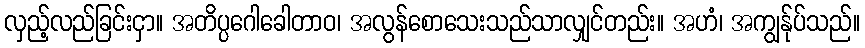
လှည့်လည်ခြင်းငှာ။ အတိပ္ပဂေါခေါတာဝ၊ အလွန်စောသေးသည်သာလျှင်တည်း။ အဟံ၊ အကျွန်ုပ်သည်။